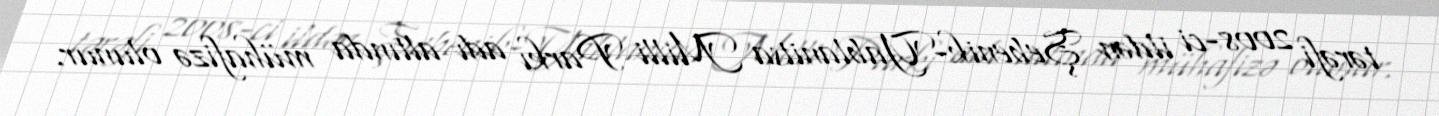
tərəfi 2008-ci ildən Şebenik-Yablanitsa Milli Parkı adı altında mühafizə olunur.